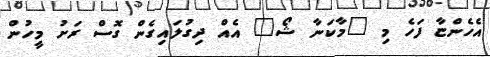
އެހެންޏާ ފަހެ މި "މާކަނާ ޝޯ" އެއް ދިގުލައިގެން ގޮސް ރަށު މީހުން